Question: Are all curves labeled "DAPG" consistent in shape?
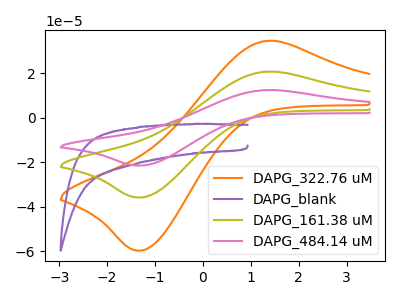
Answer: <think>The orange curve "DAPG_322.76 uM" has an anodic peak at (1.35V, 34.50uA) and a cathodic peak at (-1.30V, -59.65uA). The purple curve "DAPG_blank" has no peaks. The olive curve "DAPG_161.38 uM" has an anodic peak at (1.35V, 20.70uA) and a cathodic peak at (-1.30V, -35.80uA). The pink curve "DAPG_484.14 uM" has an anodic peak at (1.35V, 41.40uA) and a cathodic peak at (-1.30V, -71.60uA).
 "DAPG_322.76 uM" and "DAPG_blank" have a different number of peaks. All the peaks in "DAPG_322.76 uM" have a peak in "DAPG_161.38 uM" at the same potential. Every peak in "DAPG_322.76 uM" is higher than every peak in "DAPG_161.38 uM". All the peaks in "DAPG_322.76 uM" have a peak in "DAPG_484.14 uM" at the same potential. Every peak in "DAPG_322.76 uM" is lower than every peak in "DAPG_484.14 uM". "DAPG_blank" and "DAPG_161.38 uM" have a different number of peaks. "DAPG_blank" and "DAPG_484.14 uM" have a different number of peaks. All the peaks in "DAPG_161.38 uM" have a peak in "DAPG_484.14 uM" at the same potential. Every peak in "DAPG_161.38 uM" is lower than every peak in "DAPG_484.14 uM".</think>
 <answer>All the CV's of "DAPG" have similar shape.</answer>
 <eval>follow_rule</eval>